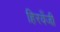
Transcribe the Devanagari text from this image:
हिरवँजी